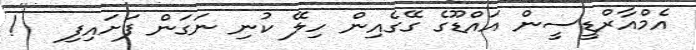
އެމްއާރްޑީސީން އައްޑޫގެ ގޭގެއިން ހިލޭ ކުނި ނަގަން ފަށައިފި   !